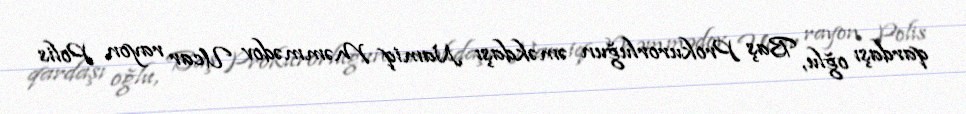
qardaşı oğlu, Baş Prokurorluğun əməkdaşı Namiq Məmmədov Ucar rayon Polis